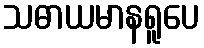
သဓာယမာနရူပေ